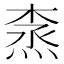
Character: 𰞽